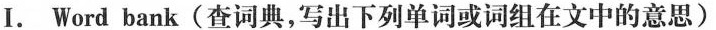
I. Word bank(查词典,写出下列单词或词组在文中的意思)